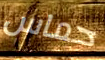
حماس